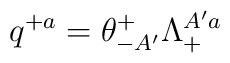
q^{+a} = \theta^{+}_{-A'} \Lambda_+^{A'a}